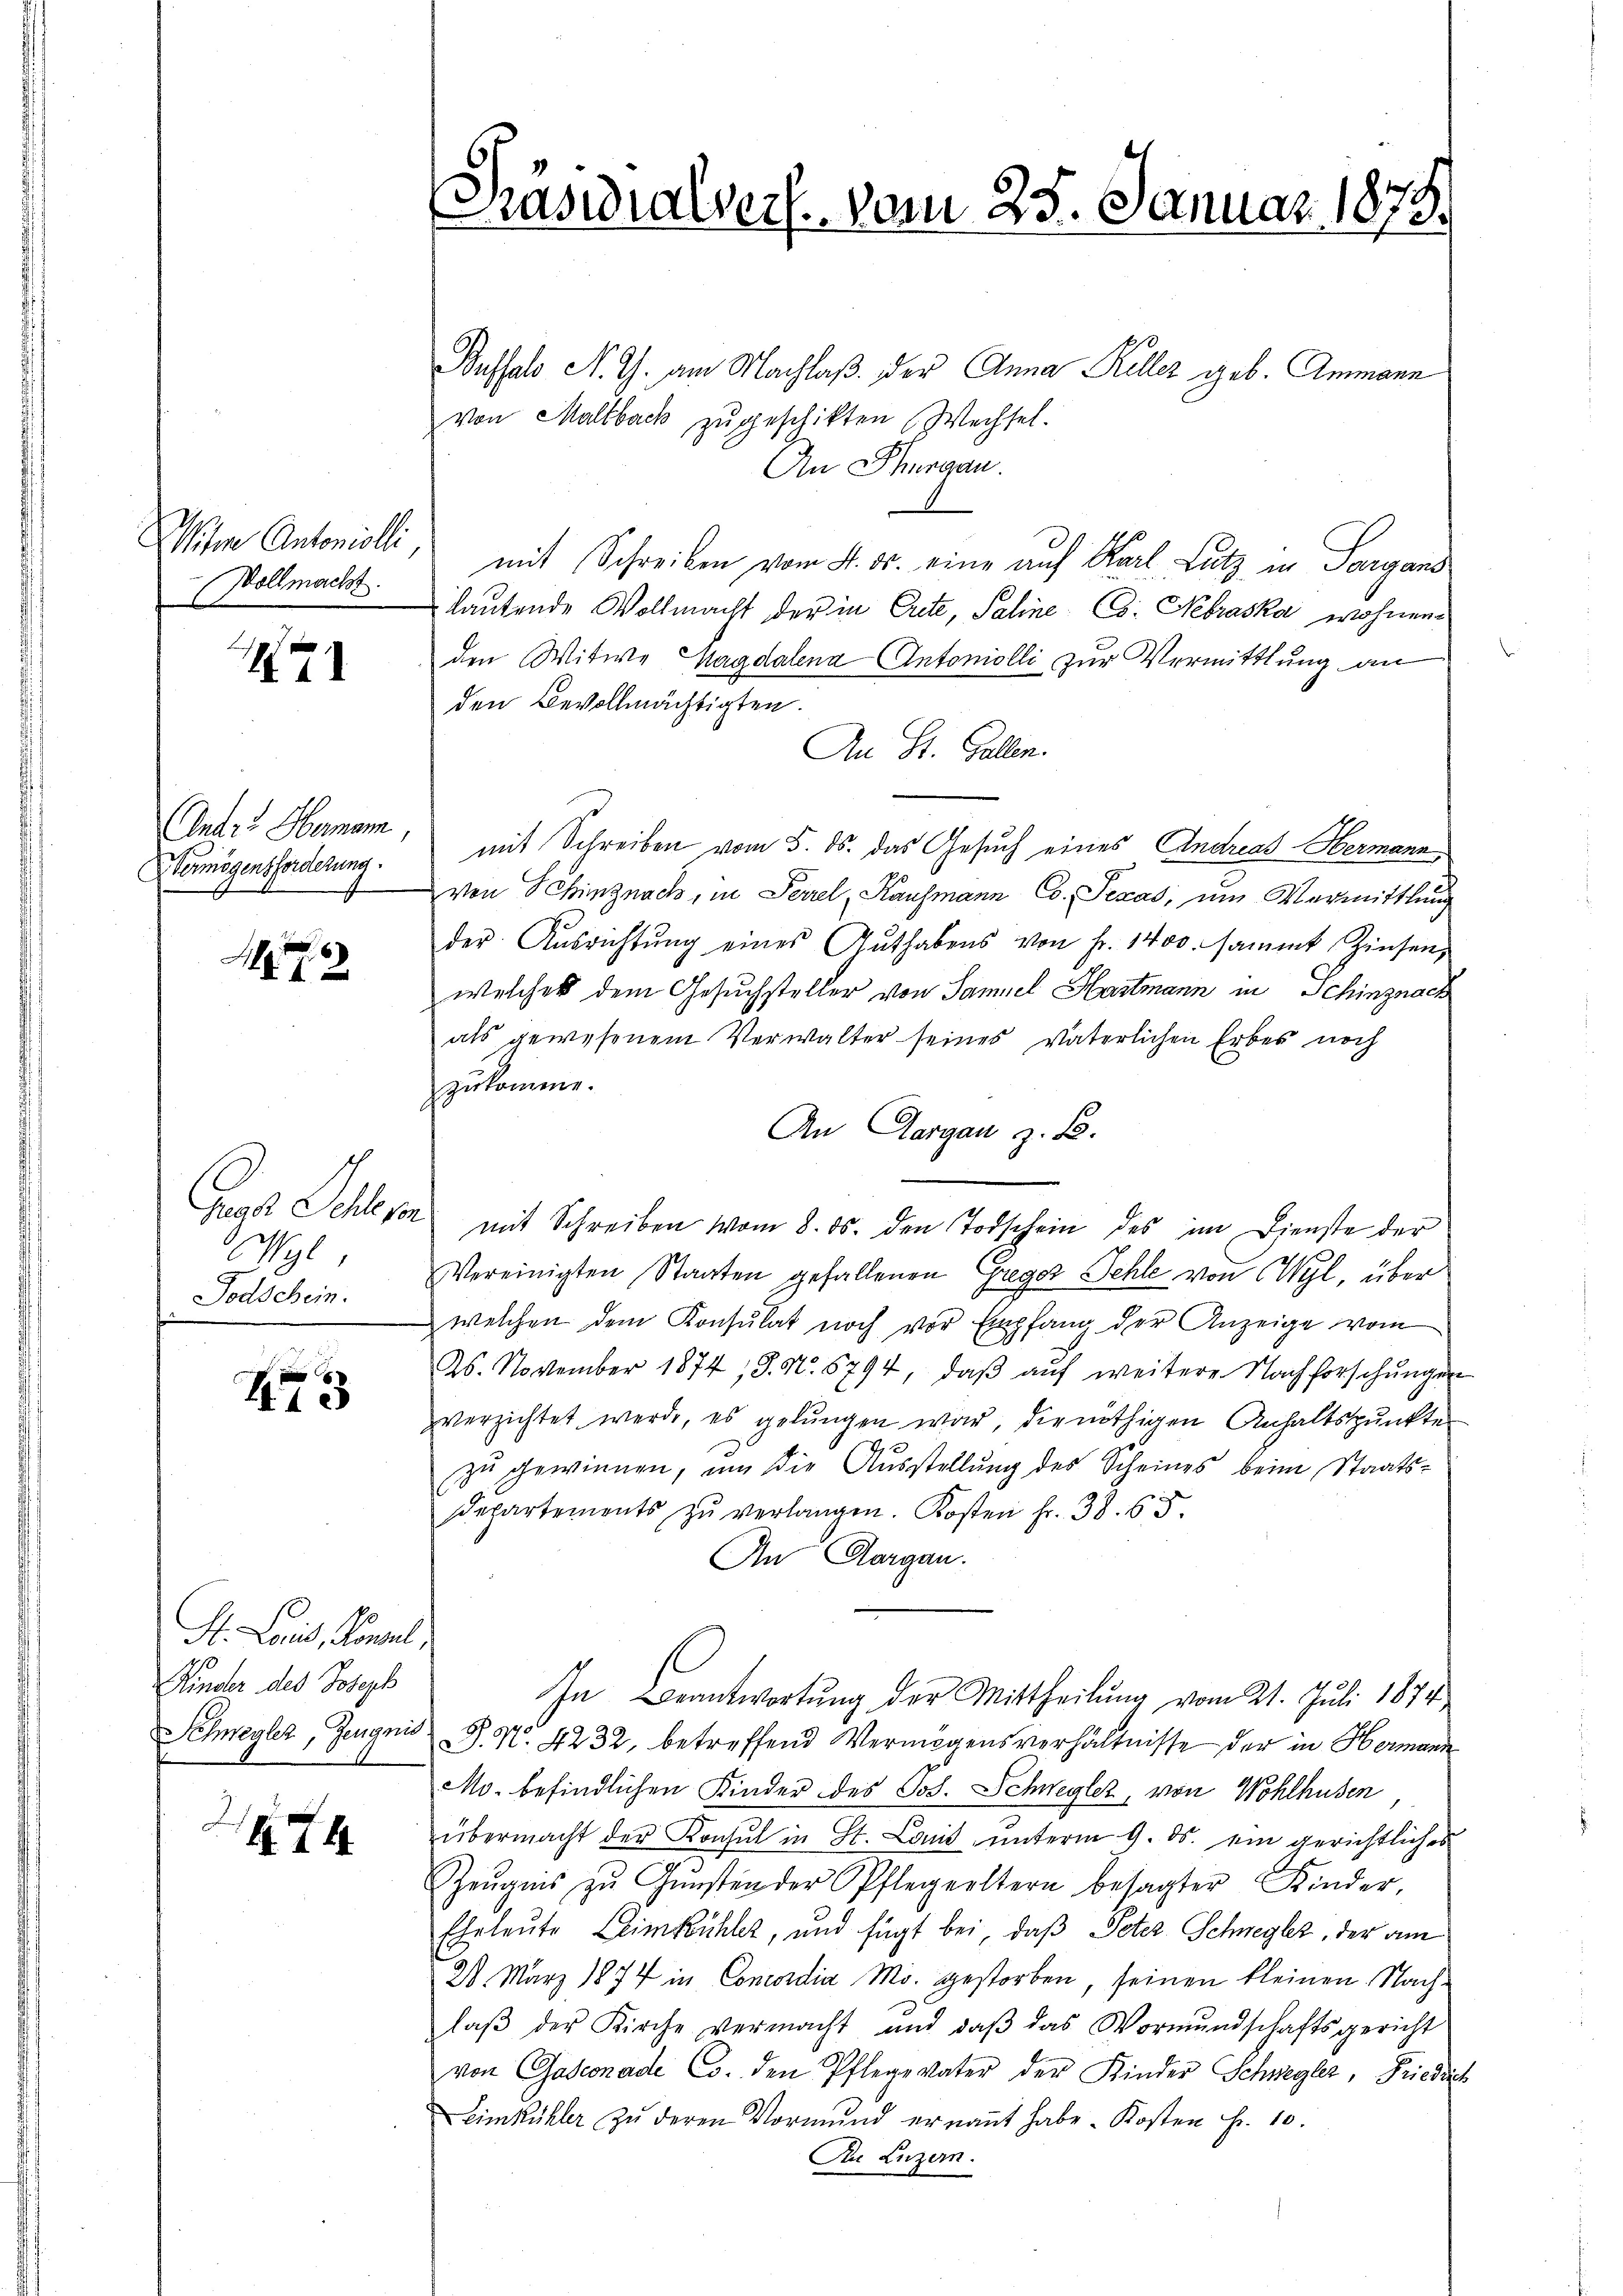
Vollmacht.

471

Andre Hermann,
Vermögensforderung.

76

Wyl,
Todschein.

473

H. Lauis, Kanal,
Kinder des Joseph

474

Präsidialverf. vom 25. Januar 1873.

Pussalo N. Th. am Nachlaß der Anna Keller geb. Ammann
von Maltbach zŭgeschikten Wechsel.
An Thurgau.
Witwe Antoniolli, mit Schreiben vom 4. ds. eine auf Karl Lutz in Sargans
lautende Wollmacht der in Crite, Saline Co. Nebraska wohnen
den Witwe Magdalena Antoniolli zur Vermittlung an
den Bevollmächtigten.
An St. Gallen.
mit Schreiben vom 5. ds. das Gesuch eines Andreas Hermann
von Schinznach, in Perrel, Kaufmann Co. Texas, um Vermittlung
der Ausrichtŭng eines Authabens von Fr. 1400. sammt Zinsen
welches dem Gesuchsteller von Samuel Hartmann in Schinznach
als gewesenem Verwalter seines Vaterlichen Erbes noch
zukomme.
An Aargau z. B.
hreas Schlesen mit Schreiben vom 8. ds. den Todschein des im Dienste der
Vereinigten Staaten gefallenen Gregor Fehle von Wyl, über
welchen dem Konsulat noch vor Empfang der Anzeige vom
26. November 1874, S. N. 5794, daβ aŭf weitere Nachforschungen
verzichtet werde, es gelungen war, die nöthigen Anhaltspunkter
zu gewinnen, um die Ausstellung des Scheines beim Staats¬
Departements zŭ verlangen. Kosten fr. 38. 65.
An Aargau.
In Beantwortung der Mittheilŭng vom 21. Juli 1874
Schmeyler, Zeugnis P. Nr. 4232, betreffend Vermögensverhältnisse der in Hermann
Mo. befindlichen Kinder des Jos. Schwegler, von Wohlhusen
übermacht der Konsul in St. Land unterm 9. ds. ein gerichtliches
Zeŭgnis zŭ Gŭnsten der Pflegeeltern besagter Kinder-
Ehrleute Leimkühler, und fügt bei, daß Peter Schwegler, der am
28. März 1874 in Concordia M. gestorben, seinen kleinen Nachlaβ der Kirche vermacht und daβ das Vormŭndschaftsgericht
von Gasconade Co. den Pflege vater der Kinder Schwegler, Friedrich
Eimkühler zŭ deren Vormund ernannt habe. Kosten Fr. 10.
Zn Luzern.